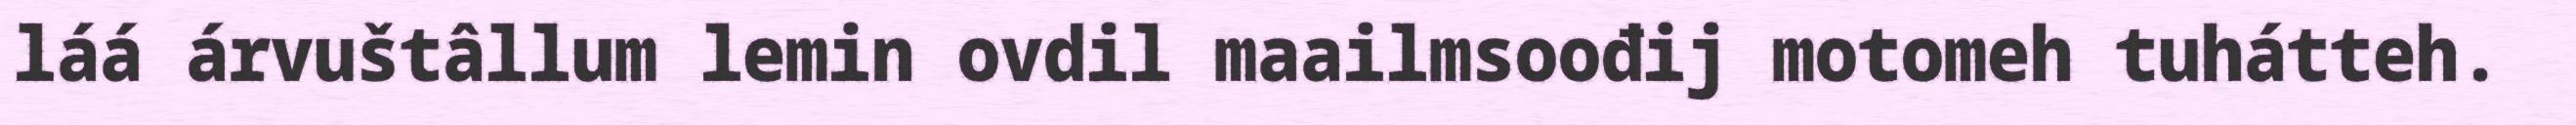
láá árvuštâllum lemin ovdil maailmsoođij motomeh tuhátteh.